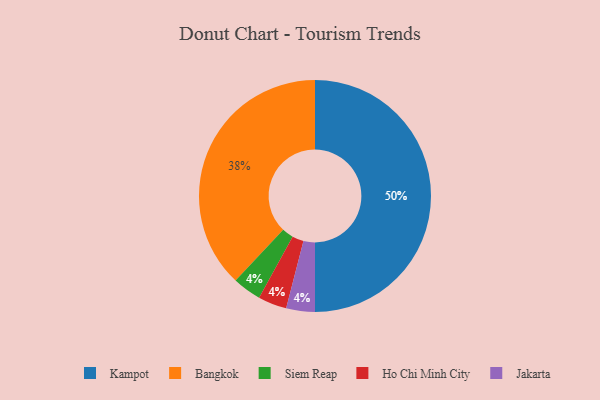
{"axis": {"x": "Category", "y": "Percentage"}, "legend": ["Bangkok", "Ho Chi Minh City", "Jakarta", "Kampot", "Siem Reap"], "data": [{"x": "Siem Reap", "y": 4, "type": "Siem Reap"}, {"x": "Kampot", "y": 50, "type": "Kampot"}, {"x": "Ho Chi Minh City", "y": 4, "type": "Ho Chi Minh City"}, {"x": "Jakarta", "y": 4, "type": "Jakarta"}, {"x": "Bangkok", "y": 38, "type": "Bangkok"}]}